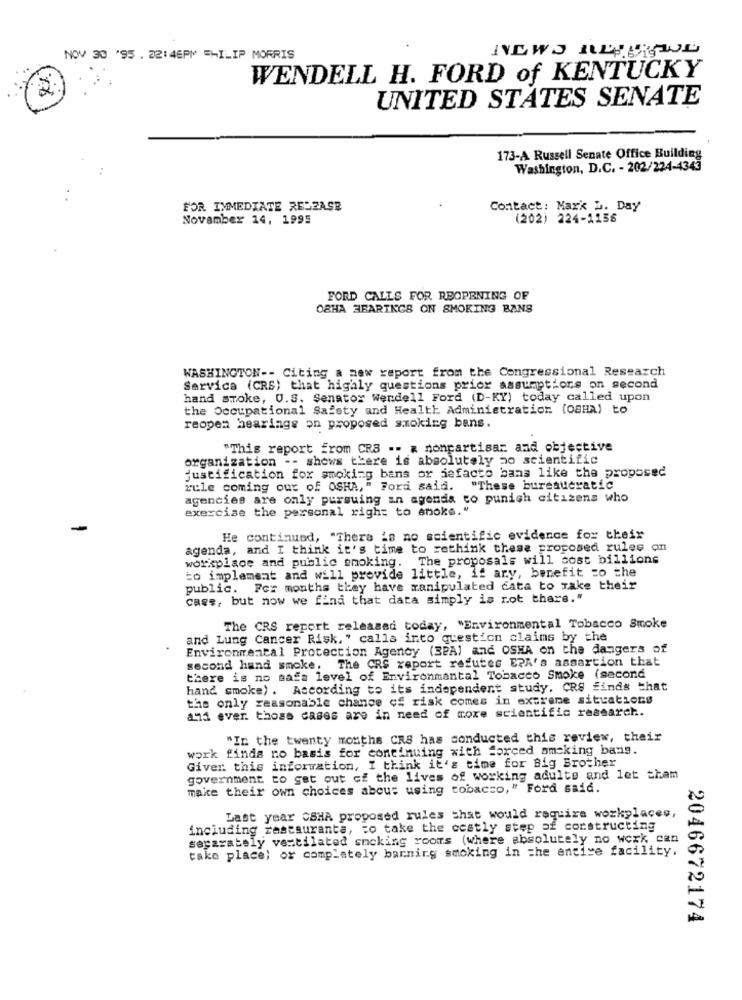
NOV 30 '95 . 22: 46PM =HILIP MORRIS
WENDELL H. FORD of KENTUCKY
UNITED STATES SENATE
173-A Russell Senate Office Building
..
Washington, D.C. - 202/224-4343
FOR IMMEDIATE REDZASE
Contact: Maxk b. Day
November 14, 1995
(202) 224-1156
FORD CALLS FOR REOPENING OF
OBHA HEARINGS ON SMOKING BANS
WASHINGTON -- Citing a new report from the Congressional Research
Service (CRS) that highly questions prior assumptions on second
hand smoke, U.S. Senator Wendell Ford (D-KY) today called upon
the Occupational Safety and Health Administration (OBHA) to
reopen hearings on proposed smoking bans.
"This report from CRS -- . nonpartisan and objective
organization -- shows there is absolutely so scientific
justification for smoking bans or defacto bans like the proposed
rule coming out of OSHA," Ford said. "These bureaucratic
agencies are only pursuing an agenda to punish citizens who
exercise the personal right to anoke."
He continued, "There is no scientific evidence for their
agenda, and I think it's time to rethink these proposed rules on
workplace and public smoking. The proposals will cost billions
to implement and will provide little, If any, benefit zo the
public. For months they have manipulated cata to make their
cass, but now we find that data simply is rot there."
The CRS report released today, "Environmental Tobacco Smoke
and Lung Cancer Risk, " calls into question claims by the
Environmental Protection Agency (SPA) and OSHA on the dangers of
second hand smoke. The CRS report refutes EPA's assartion that
there is no safa level of Environmental Tobacco Smoke (second
hand smoke) . According to its independent study. CRS finds that
the only reasonable chance of risk comes in extreme situations
and even those cases are in need of more scientific research.
"In the twenty months CRS has conducted this review, their
work finds no basis for continuing with forced smoking bang.
Giver this information, I think it's time for Big Brother
government to get out of the lives of working adulte and let them
make their own choices about using tobacco," Ford said.
Last year OSHA proposed rules that would require workplaces,
including restaurants, to take the costly step of constructing
separately ventilated smoking rooms (where absolutely no werk can
take place; or complately banning smoking in the entire facility.
2046672174